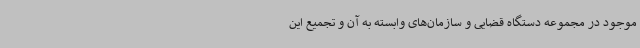
موجود در مجموعه دستگاه قضایی و سازمان‌های وابسته به آن و تجمیع این